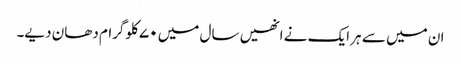
ان میں سے ہر ایک نے انھیں سال میں ۷۰ کلوگرام دھان دیے۔